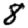
Digit: 8